Indian journal of veterinary science and animal husbandry - Volume 4,
Year: 1934
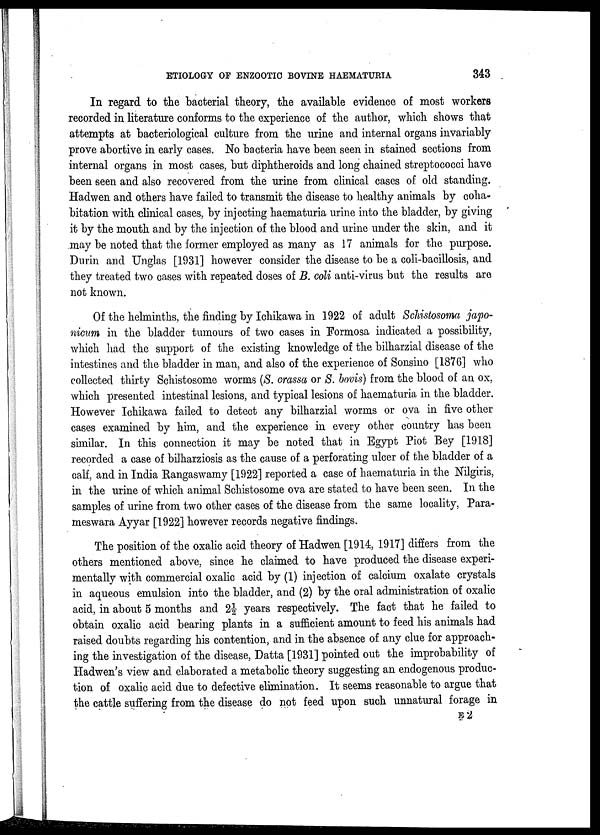
ETIOLOGY OF ENZOOTIC BOVINE HAEMATURIA
343
In regard to the bacterial theory, the available evidence of most workers
recorded in literature conforms to the experience of the author, which shows that
attempts at bacteriological culture from the urine and internal organs invariably
prove abortive in early cases. No bacteria have been seen in stained sections from
internal organs in most cases, but diphtheroids and long chained streptococci have
been seen and also recovered from the urine from clinical cases of old standing.
Hadwen and others have failed to transmit the disease to healthy animals by coha-
bitation with clinical cases, by injecting haematuria urine into the bladder, by giving
it by the mouth and by the injection of the blood and urine under the skin, and it
may be noted that the former employed as many as 17 animals for the purpose.
Durin and Unglas [1931] however consider the disease to be a coli-bacillosis, and
they treated two cases with repeated doses of B. coli anti-virus but the results are
not known.
Of the helminths, the finding by Ichikawa in 1922 of adult Schistosoma japo-
nicum in the bladder tumours of two cases in Formosa indicated a possibility,
which had the support of the existing knowledge of the bilharzial disease of the
intestines and the bladder in man, and also of the experience of Sonsino [1876] who
collected thirty Schistosome worms (S. crassa or S. bovis) from the blood of an ox,
which presented intestinal lesions, and typical lesions of haematuria in the bladder.
However Ichikawa failed to detect any bilharzial worms or ova in five other
cases examined by him, and the experience in every other country has been
similar. In this connection it may be noted that in Egypt Piot Bey [1918]
recorded a case of bilharziosis as the cause of a perforating ulcer of the bladder of a
calf, and in India Rangaswamy [1922] reported a case of haematuria in the Nilgiris,
in the urine of which animal Schistosome ova are stated to have been seen. In the
samples of urine from two other cases of the disease from the same locality, Para-
meswara Ayyar [1922] however records negative findings.
The position of the oxalic acid theory of Hadwen [1914, 1917] differs from the
others mentioned above, since he claimed to have produced the disease experi-
mentally with commercial oxalic acid by (1) injection of calcium oxalate crystals
in aqueous emulsion into the bladder, and (2) by the oral administration of oxalic
acid, in about 5 months and 2½ years respectively. The fact that he failed to
obtain oxalic acid bearing plants in a sufficient amount to feed his animals had
raised doubts regarding his contention, and in the absence of any clue for approach-
ing the investigation of the disease, Datta [1931] pointed out the improbability of
Hadwen's view and elaborated a metabolic theory suggesting an endogenous produc-
tion of oxalic acid due to defective elimination. It seems reasonable to argue that
the cattle suffering from the disease do not feed upon such unnatural forage in
E 2